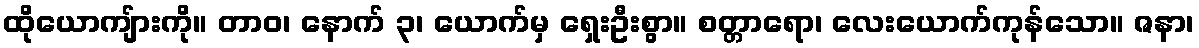
ထိုယောကျ်ားကို။ တာဝ၊ နောက် ၃၊ ယောက်မှ ရှေးဦးစွာ။ စတ္တာရော၊ လေးယောက်ကုန်သော။ ဇနာ၊